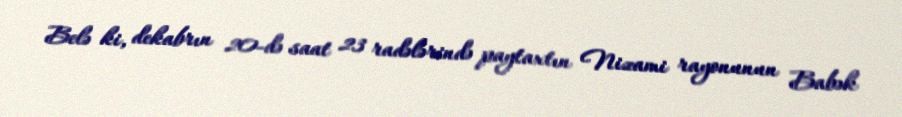
Belə ki, dekabrın 20-də saat 23 radələrində paytaxtın Nizami rayonunun Babək